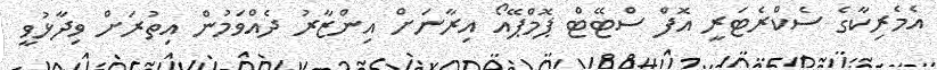
އެމެރިކާގެ ސެކްރެޓަރީ އޮފް ސްޓޭޓް ޕޮމްޕޭއޯ އިރާނަށް އިންޒާރު ދެއްވަމުން އިތުރަށް ވިދާޅުވީ